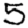
Digit: 5